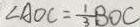
\angle A O C = \frac { 1 } { 3 } B O C